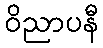
ဝိညာပနီ